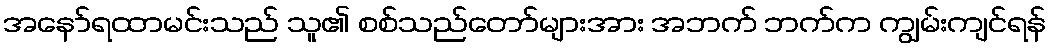
အနော်ရထာမင်းသည် သူ၏ စစ်သည်တော်များအား အဘက် ဘက်က ကျွမ်းကျင်ရန်